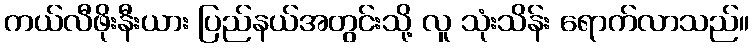
ကယ်လီဖိုးနီးယား ပြည်နယ်အတွင်းသို့ လူ သုံးသိန်း ရောက်လာသည်။